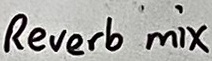
Text: Reverb mix